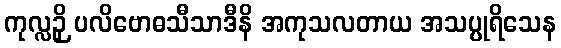
ကုလ္လဉှိ ပလိဗောဓသီသာဒီနိ အကုသလတာယ အသပ္ပုရိသေန